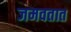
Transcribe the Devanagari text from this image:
जमवतात